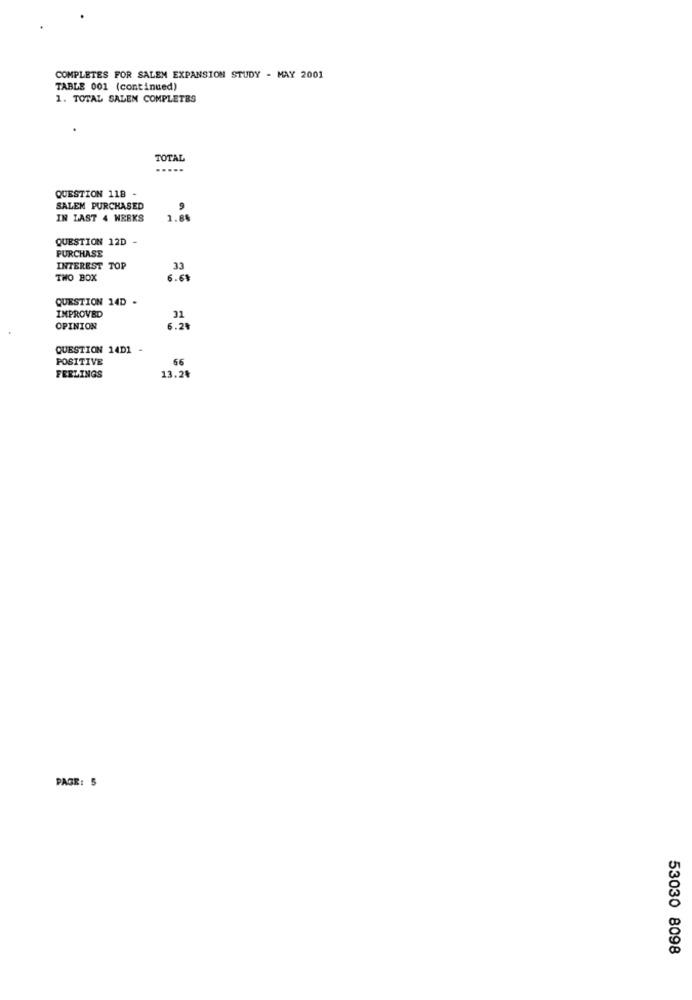
COMPLETES FOR SALEN EXPANSION STUDY - MAY 2001
TABLE 001 (continued)
1. TOTAL SALEN COMPLETES
TOTAL
QUESTION 118
SALEM PURCHASED
IN LAST 4 WEEKS
1.86
QUESTION 12D
PURCHASE
INTEREST TOP
33
THO BOX
6.69
QUESTION 14D -
IMPROVED
31
OPINION
6.28
QUESTION 14D1 -
POSITIVE
66
FERLINGS
13.24
PAGE: 5
53030 8098